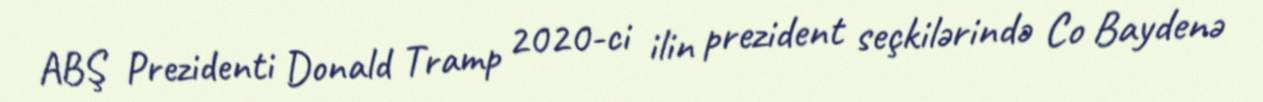
ABŞ Prezidenti Donald Tramp 2020-ci ilin prezident seçkilərində Co Baydenə